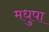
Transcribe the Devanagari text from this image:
मधुपा